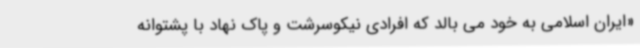
«ایران اسلامی به خود می بالد که افرادی نیکوسرشت و پاک نهاد با پشتوانه